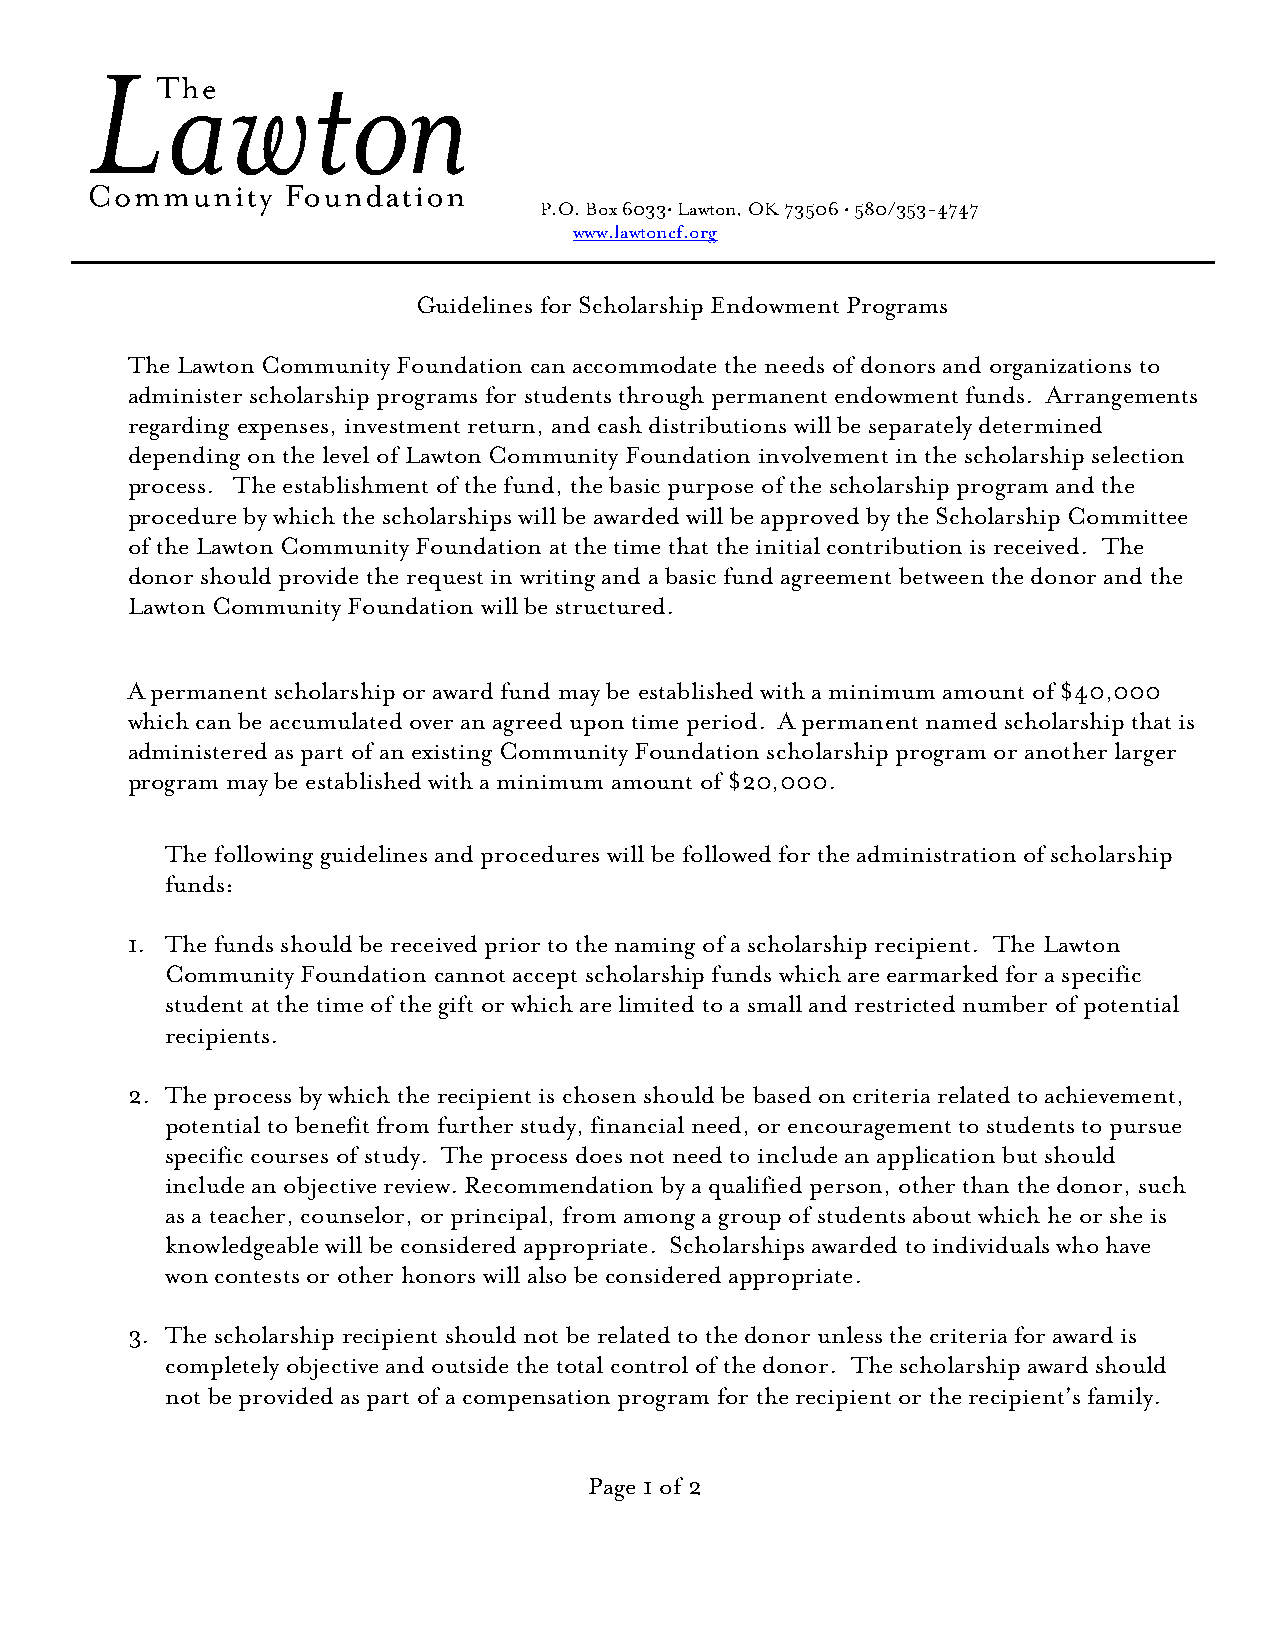
P.O. Box 6033• Lawton, OK 73506 • 580/353-4747
 www.lawtoncf.org
 Guidelines for Scholarship Endowment Programs
 The Lawton Community Foundation can accommodate the needs of donors and organizations to
 administer scholarship programs for students through permanent endowment funds. Arrangements
 regarding expenses, investment return, and cash distributions will be separately determined
 depending on the level of Lawton Community Foundation involvement in the scholarship selection
 process. The establishment of the fund, the basic purpose of the scholarship program and the
 procedure by which the scholarships will be awarded will be approved by the Scholarship Committee
 of the Lawton Community Foundation at the time that the initial contribution is received. The
 donor should provide the request in writing and a basic fund agreement between the donor and the
 Lawton Community Foundation will be structured.
 A permanent scholarship or award fund may be established with a minimum amount of $40,000
 which can be accumulated over an agreed upon time period. A permanent named scholarship that is
 administered as part of an existing Community Foundation scholarship program or another larger
 program may be established with a minimum amount of $20,000.
 The following guidelines and procedures will be followed for the administration of scholarship
 funds:
 1. The funds should be received prior to the naming of a scholarship recipient. The Lawton
 Community Foundation cannot accept scholarship funds which are earmarked for a specific
 student at the time of the gift or which are limited to a small and restricted number of potential
 recipients.
 2. The process by which the recipient is chosen should be based on criteria related to achievement,
 potential to benefit from further study, financial need, or encouragement to students to pursue
 specific courses of study. The process does not need to include an application but should
 include an objective review. Recommendation by a qualified person, other than the donor, such
 as a teacher, counselor, or principal, from among a group of students about which he or she is
 knowledgeable will be considered appropriate. Scholarships awarded to individuals who have
 won contests or other honors will also be considered appropriate.
 3. The scholarship recipient should not be related to the donor unless the criteria for award is
 completely objective and outside the total control of the donor. The scholarship award should
 not be provided as part of a compensation program for the recipient or the recipient’s family.
 Page 1 of 2